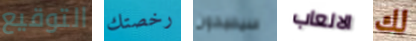
التوقيع رخصتك سيصبحون الالعاب لك